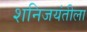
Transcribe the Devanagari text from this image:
शनिजयंतीला